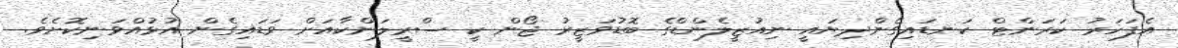
އެފަހަރު ކަރަންޓް ކަނޑައިގެންދިޔައީ ނިއުޒީލެންޑްގެ ބޮޑުވަޒީރު ޖޯން ކީ ސްރީލަންކާއަށް ވަޑައިގެން އުޅުއްވަނިކޮށެވެ.